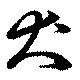
犬